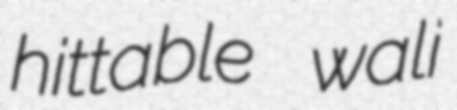
hittable wali